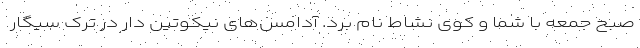
صبح جمعه با شما و کوی نشاط نام برد. آدامس‌های نیکوتین دار در ترک سیگار